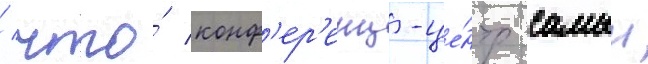
/ что́ конф'ер'енц-це́нтр самыи